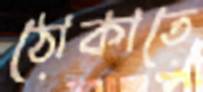
ঠোকাতে